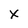
Character: x